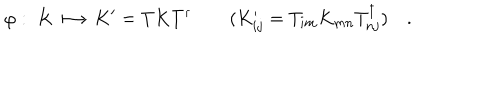
\varphi : \; K \longmapsto K ^ { \prime } = T K T ^ { \dagger } \qquad ( K _ { i j } ^ { \prime } = T _ { i m } K _ { m n } T _ { n j } ^ { \dagger } ) \quad .